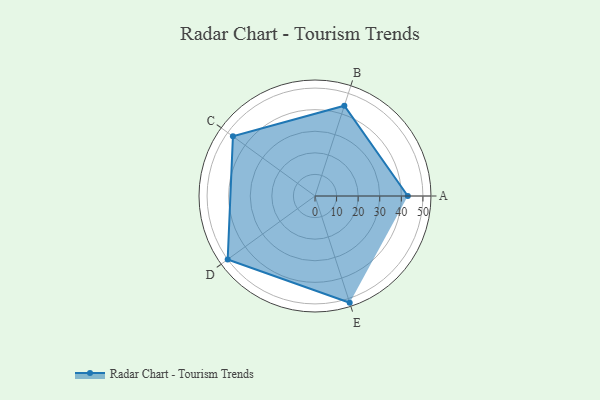
{"axis": {"x": "Skill", "y": "Score"}, "legend": ["Profile"], "data": [{"x": "A", "y": 43.0, "type": "Profile"}, {"x": "B", "y": 44.0, "type": "Profile"}, {"x": "C", "y": 47.0, "type": "Profile"}, {"x": "D", "y": 50.0, "type": "Profile"}, {"x": "E", "y": 52.0, "type": "Profile"}]}